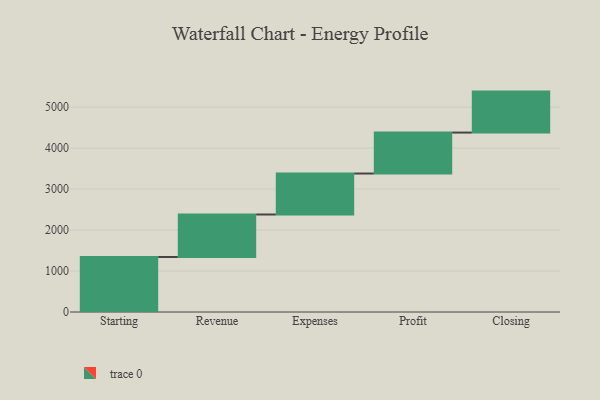
{"axis": {"x": "Step", "y": "Value"}, "legend": [""], "data": [{"x": "Starting", "y": 1342.0, "type": ""}, {"x": "Revenue", "y": 1038.0, "type": ""}, {"x": "Expenses", "y": 1000, "type": ""}, {"x": "Profit", "y": 1000, "type": ""}, {"x": "Closing", "y": 1000, "type": ""}]}